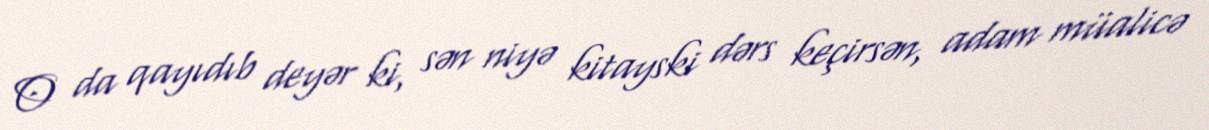
O da qayıdıb deyər ki, sən niyə kitayski dərs keçirsən, adam müalicə